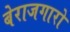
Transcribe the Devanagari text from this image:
बेराजगारो